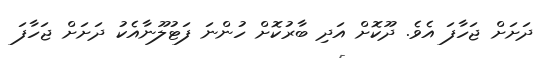
ދަށަށް ޖަހާފަ އެވެ. ދޫކޮށް އަދި ބާރުކޮށް ހުންނަ ފަޓުލޫނާއެކު ދަށަށް ޖަހާފަ